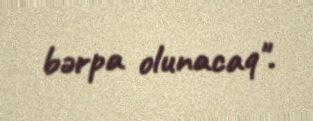
bərpa olunacaq".